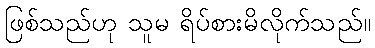
ဖြစ်သည်ဟု သူမ ရိပ်စားမိလိုက်သည်။